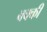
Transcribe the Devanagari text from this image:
बक्की